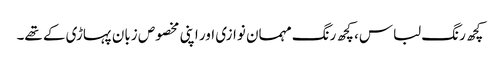
کچھ رنگ لباس، کچھ رنگ مہمان نوازی اور اپنی مخصوص زبان پہاڑی کے تھے۔